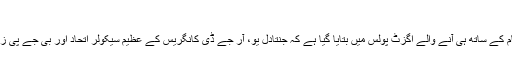
لالو کو برتری، بی جے پی پیچھے
بہار اسمبلی انتخابات میں پانچ مرحلوں کی رائے دہی کے اختتام کے ساتھ ہی آنے والے اگزٹ پولس میں بتایا گیا ہے کہ جنتادل یو، آر جے ڈی کانگریس کے عظیم سیکولر اتحاد اور بی جے پی زیرقیادت این ڈی اے کانگریس کے درمیان کانٹے کی ٹکر ہے۔